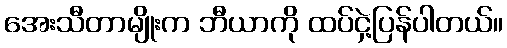
အေးသီတာမျိုးက ဘီယာကို ထပ်ငှဲ့ပြန်ပါတယ်။